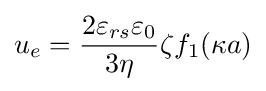
u_{e}={\frac {2\varepsilon _{rs}\varepsilon _{0}}{3\eta }}\zeta f_{1}(\kappa a)